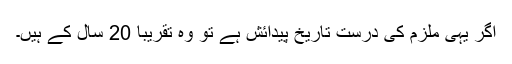
اگر یہی ملزم کی درست تاریخ پیدائش ہے تو وہ تقریباً 20 سال کے ہیں۔